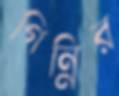
গিন্নির